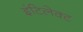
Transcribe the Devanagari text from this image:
इंटिलेक्ट